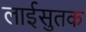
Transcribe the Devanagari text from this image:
लाईसुतक